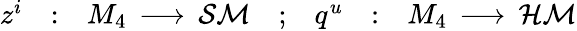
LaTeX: \begin{array}{ccccccc}{{z^{i}}}&{{:}}&{{M_{4}\, \longrightarrow\, {\cal SM}}}&{{;}}&{{q^{u}}}&{{:}}&{{M_{4}\, \longrightarrow\, {\cal HM}}}\end{array}